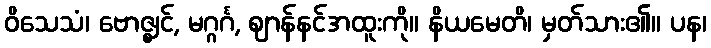
ဝိသေသံ၊ ဗောဇ္ဈင်, မဂ္ဂင်္ဂ, ဈာန်နင်အထူးကို။ နိယမေတိ၊ မှတ်သား၏။ ပန၊